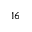
^ { 1 6 }